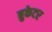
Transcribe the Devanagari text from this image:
बुकेटर